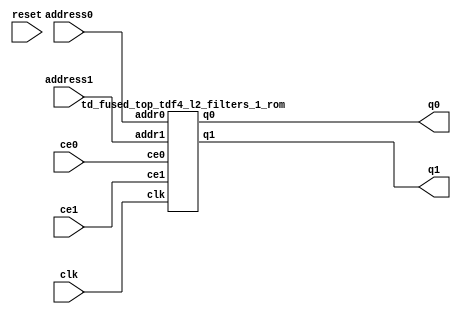
`define EXPONENT 5
`define MANTISSA 10
`define ACTUAL_MANTISSA 11
`define EXPONENT_LSB 10
`define EXPONENT_MSB 14
`define MANTISSA_LSB 0
`define MANTISSA_MSB 9
`define MANTISSA_MUL_SPLIT_LSB 3
`define MANTISSA_MUL_SPLIT_MSB 9
`define SIGN 1
`define SIGN_LOC 15
`define DWIDTH (`SIGN+`EXPONENT+`MANTISSA)
`define IEEE_COMPLIANCE 1

module td_fused_top_tdf4_l2_filters_1(
    reset,
    clk,
    address0,
    ce0,
    q0,
    address1,
    ce1,
    q1);

parameter DataWidth = 32'd16;
parameter AddressRange = 32'd1024;
parameter AddressWidth = 32'd10;
input reset;
input clk;
input[AddressWidth - 1:0] address0;
input ce0;
output[DataWidth - 1:0] q0;
input[AddressWidth - 1:0] address1;
input ce1;
output[DataWidth - 1:0] q1;



td_fused_top_tdf4_l2_filters_1_rom td_fused_top_tdf4_l2_filters_1_rom_U(
    .clk( clk ),
    .addr0( address0 ),
    .ce0( ce0 ),
    .q0( q0 ),
    .addr1( address1 ),
    .ce1( ce1 ),
    .q1( q1 )
);

endmodule
  module td_fused_top_tdf4_l2_filters_1_rom (
addr0, ce0, q0, addr1, ce1, q1, clk);

parameter DWIDTH = 16;
parameter AWIDTH = 10;
parameter MEM_SIZE = 1024;

input[AWIDTH-1:0] addr0;
input ce0;
output reg[DWIDTH-1:0] q0;
input[AWIDTH-1:0] addr1;
input ce1;
output reg[DWIDTH-1:0] q1;
input clk;

 reg [DWIDTH-1:0] ram[MEM_SIZE-1:0];

//initial begin
//    $readmemh("./td_fused_top_tdf4_l2_filters_1_rom.dat", ram);
//end



always @(posedge clk)  
begin 
    if (ce0) 
    begin
        q0 <= ram[addr0];
    end
end



always @(posedge clk)  
begin 
    if (ce1) 
    begin
        q1 <= ram[addr1];
    end
end



endmodule